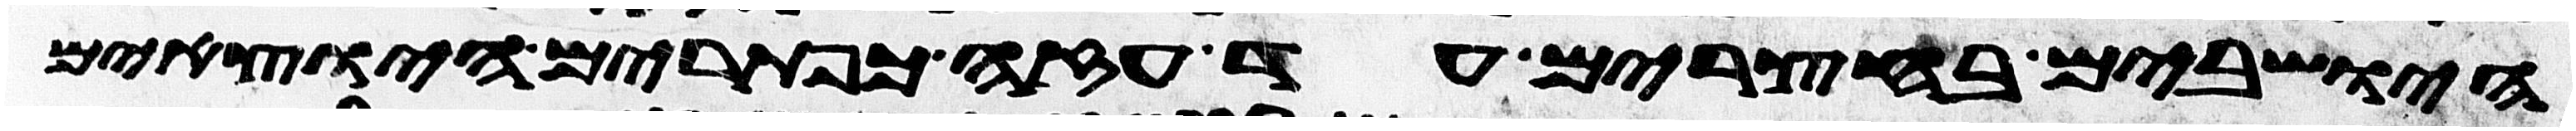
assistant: הישבים בחצרים עד עזה כפתרים היוצאים